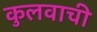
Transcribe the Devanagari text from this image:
कुलवाची